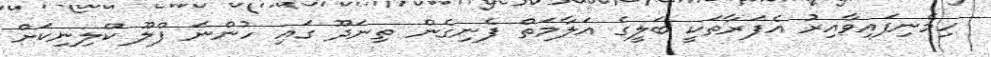
ހިމެނިފައިވާއިރު އެފަރާތަކީ ބަލީގެ އަލާމަތް ފެނިގެން ތިނަދޫ ގައި ހުންނަ ފްލޫ ކްލިނިކަށް